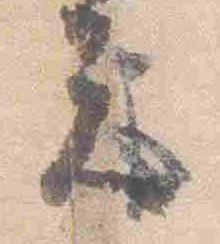
元